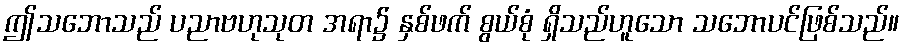
ဤသဘောသည် ပညာဗဟုသုတ အရာ၌ နှစ်ဖက် စွယ်စုံ ရှိသည်ဟူသော သဘောပင်ဖြစ်သည်။